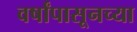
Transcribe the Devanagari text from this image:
वर्षांपासूनच्या